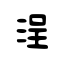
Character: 浧